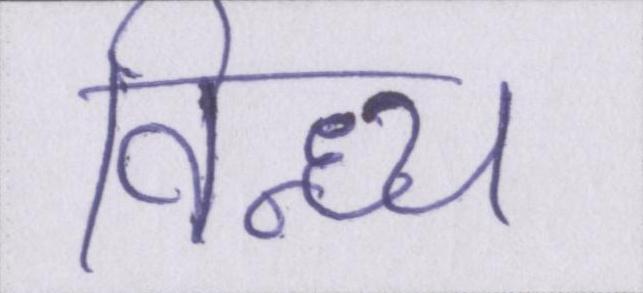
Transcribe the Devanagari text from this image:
विन्ध्य